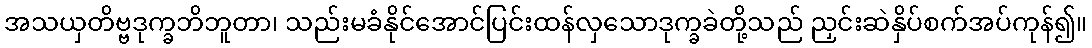
အသယှတိဗ္ဗဒုက္ခဘိဘူတာ၊ သည်းမခံနိုင်အောင်ပြင်းထန်လှသောဒုက္ခခဲတို့သည် ညှင်းဆဲနှိပ်စက်အပ်ကုန်၍။